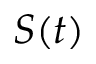
S ( t )